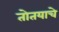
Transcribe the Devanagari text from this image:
तोतयाचे